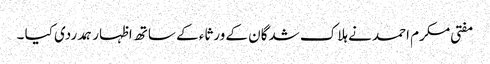
مفتی مکرم احمد نے ہلاک شدگان کے ورثاء کے ساتھ اظہار ہمدردی کیا ۔